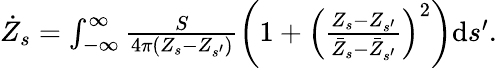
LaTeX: \begin{array}{r}{\dot{Z}_{s}=\int_{-\infty}^{\infty}\frac{S}{4\pi\left(Z_{s}-Z_{s^{\prime}}\right)}\left(1+\left(\frac{Z_{s}-Z_{s^{\prime}}}{\bar{Z}_{s}-\bar{Z}_{s^{\prime}}}\right)^{2}\right)\mathrm{d}s^{\prime}.}\end{array}